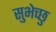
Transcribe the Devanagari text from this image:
सुभेच्छु